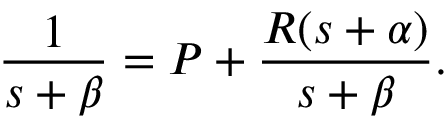
{ \frac { 1 } { s + \beta } } = P + { \frac { R ( s + \alpha ) } { s + \beta } } .